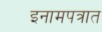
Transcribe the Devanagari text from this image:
इनामपत्रात